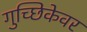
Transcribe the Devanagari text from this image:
गुच्छिकेवर